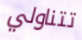
تتناولي